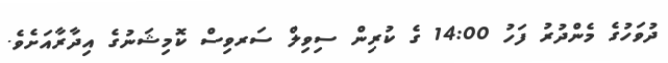
ދުވަހުގެ މެންދުރު ފަހު 14:00 ގެ ކުރިން ސިވިލް ސަރވިސް ކޮމިޝަނުގެ އިދާރާއަށެވެ.